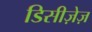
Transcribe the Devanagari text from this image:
डिसीज़ेज़